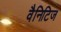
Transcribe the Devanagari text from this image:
वैनिटिज